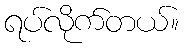
ရပ်လိုက်တယ်။